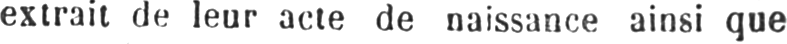
extrait de leur acte de naissance ainsi que